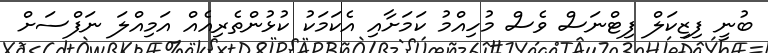
ބުނީ ފިޒިކަލް ފިޓްނަސް ވެސް މުހިއްމު ކަމަށާއި އެކަަމަކު ކުޅުންތެރިއެއް އަމިއްލަ ނަފްސަށް